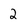
Character: 2